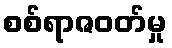
စစ်ရာဇဝတ်မှု